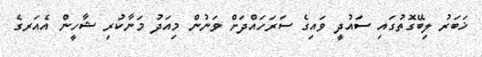
ޚަބަރު ލިބޭގޮތުގައި ސައުދީ ވައިގެ ސަރަހައްދަށް ވަނުން މިއަދު މަނާކުރި ޝާހީން އެއަރގެ